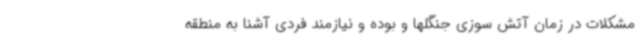
مشکلات در زمان آتش سوزی جنگلها و بوده و نیازمند فردی آشنا به منطقه